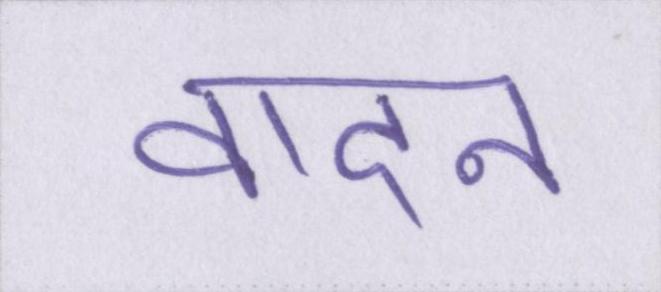
वादन